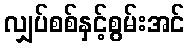
လျှပ်စစ်နှင့်စွမ်းအင်